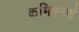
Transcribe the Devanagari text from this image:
कमिश्नर्स